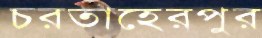
চরতাহেরপুর